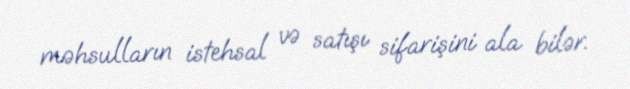
məhsulların istehsal və satışı sifarişini ala bilər.